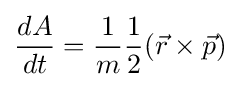
{\frac {dA}{dt}}={\frac {1}{m}}{\frac {1}{2}}({\vec {r}}\times {\vec {p}})